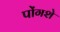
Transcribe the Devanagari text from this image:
पोंगशे